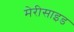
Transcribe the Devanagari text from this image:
मेरीसाइड